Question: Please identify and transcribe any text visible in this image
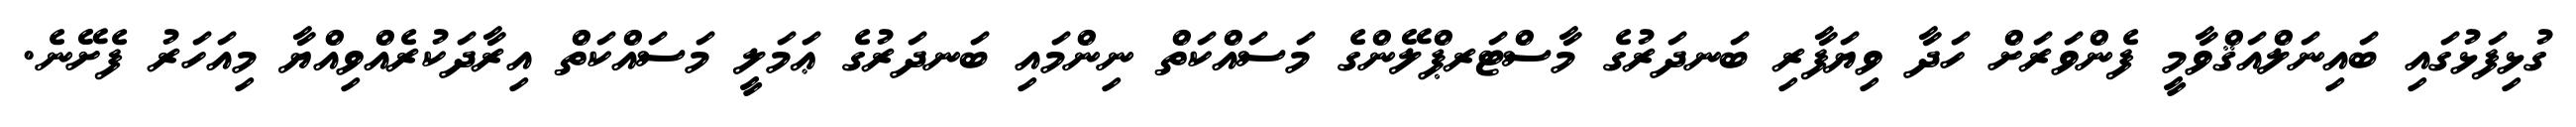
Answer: ގުޅިފަޅުގައި ބައިނަލްއަޤްވާމީ ފެންވަރަށް ހަދާ ވިޔަފާރި ބަނދަރުގެ މާސްޓަރޕްލޭންގެ މަސައްކަތް ނިންމައި ބަނދަރުގެ ޢަމަލީ މަސައްކަތް އިރާދަކުރެއްވިއްޔާ މިއަހަރު ފެށޭނެ.